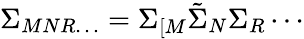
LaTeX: \Sigma_{MNR\ldots}=\Sigma_{[M}\tilde{\Sigma}_{N}\Sigma_{R}\cdots